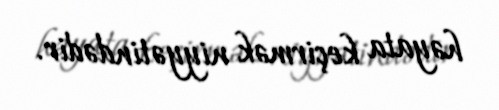
həyata keçirmək niyyətindədir.